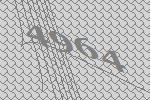
4964